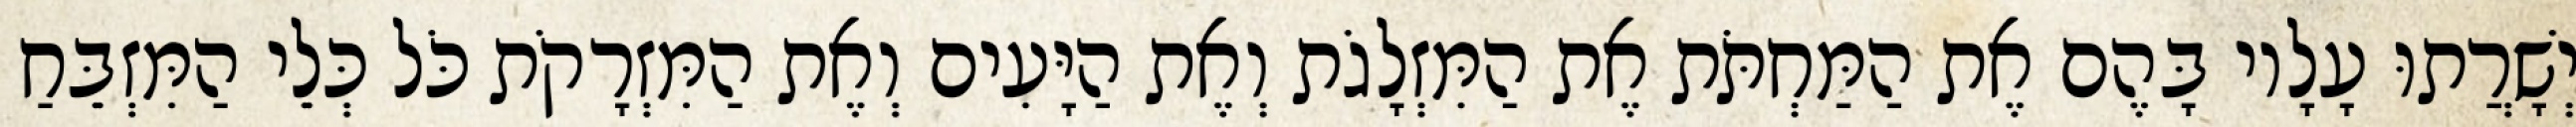
יְשָׁרֲתוּ עָלָיו בָּהֶם אֶת הַמַּחְתֹּת אֶת הַמִּזְלָגֹת וְאֶת הַיָּעִים וְאֶת הַמִּזְרָקֹת כֹּל כְּלֵי הַמִּזְבֵּחַ